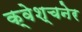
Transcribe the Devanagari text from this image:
क्वेश्चनेर